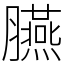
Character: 臙